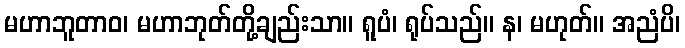
မဟာဘူတာဝ၊ မဟာဘုတ်တို့ချည်းသာ။ ရူပံ၊ ရုပ်သည်။ န၊ မဟုတ်။ အညံပိ၊